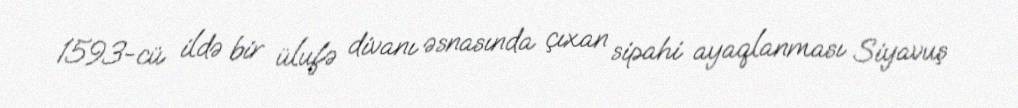
1593-cü ildə bir ülufə divanı əsnasında çıxan sipahi ayaqlanması Siyavuş